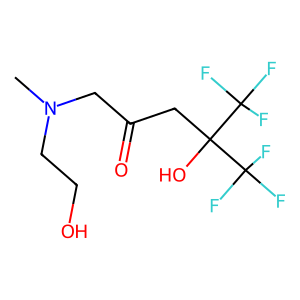
SMILES: CN(CCO)CC(=O)CC(O)(C(F)(F)F)C(F)(F)F
Inhibits HIV replication: No